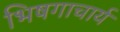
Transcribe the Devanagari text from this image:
भिषगाचार्य